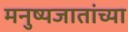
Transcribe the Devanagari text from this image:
मनुष्यजातांच्या